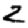
Digit: 2